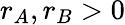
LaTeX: r_{A},r_{B}>0